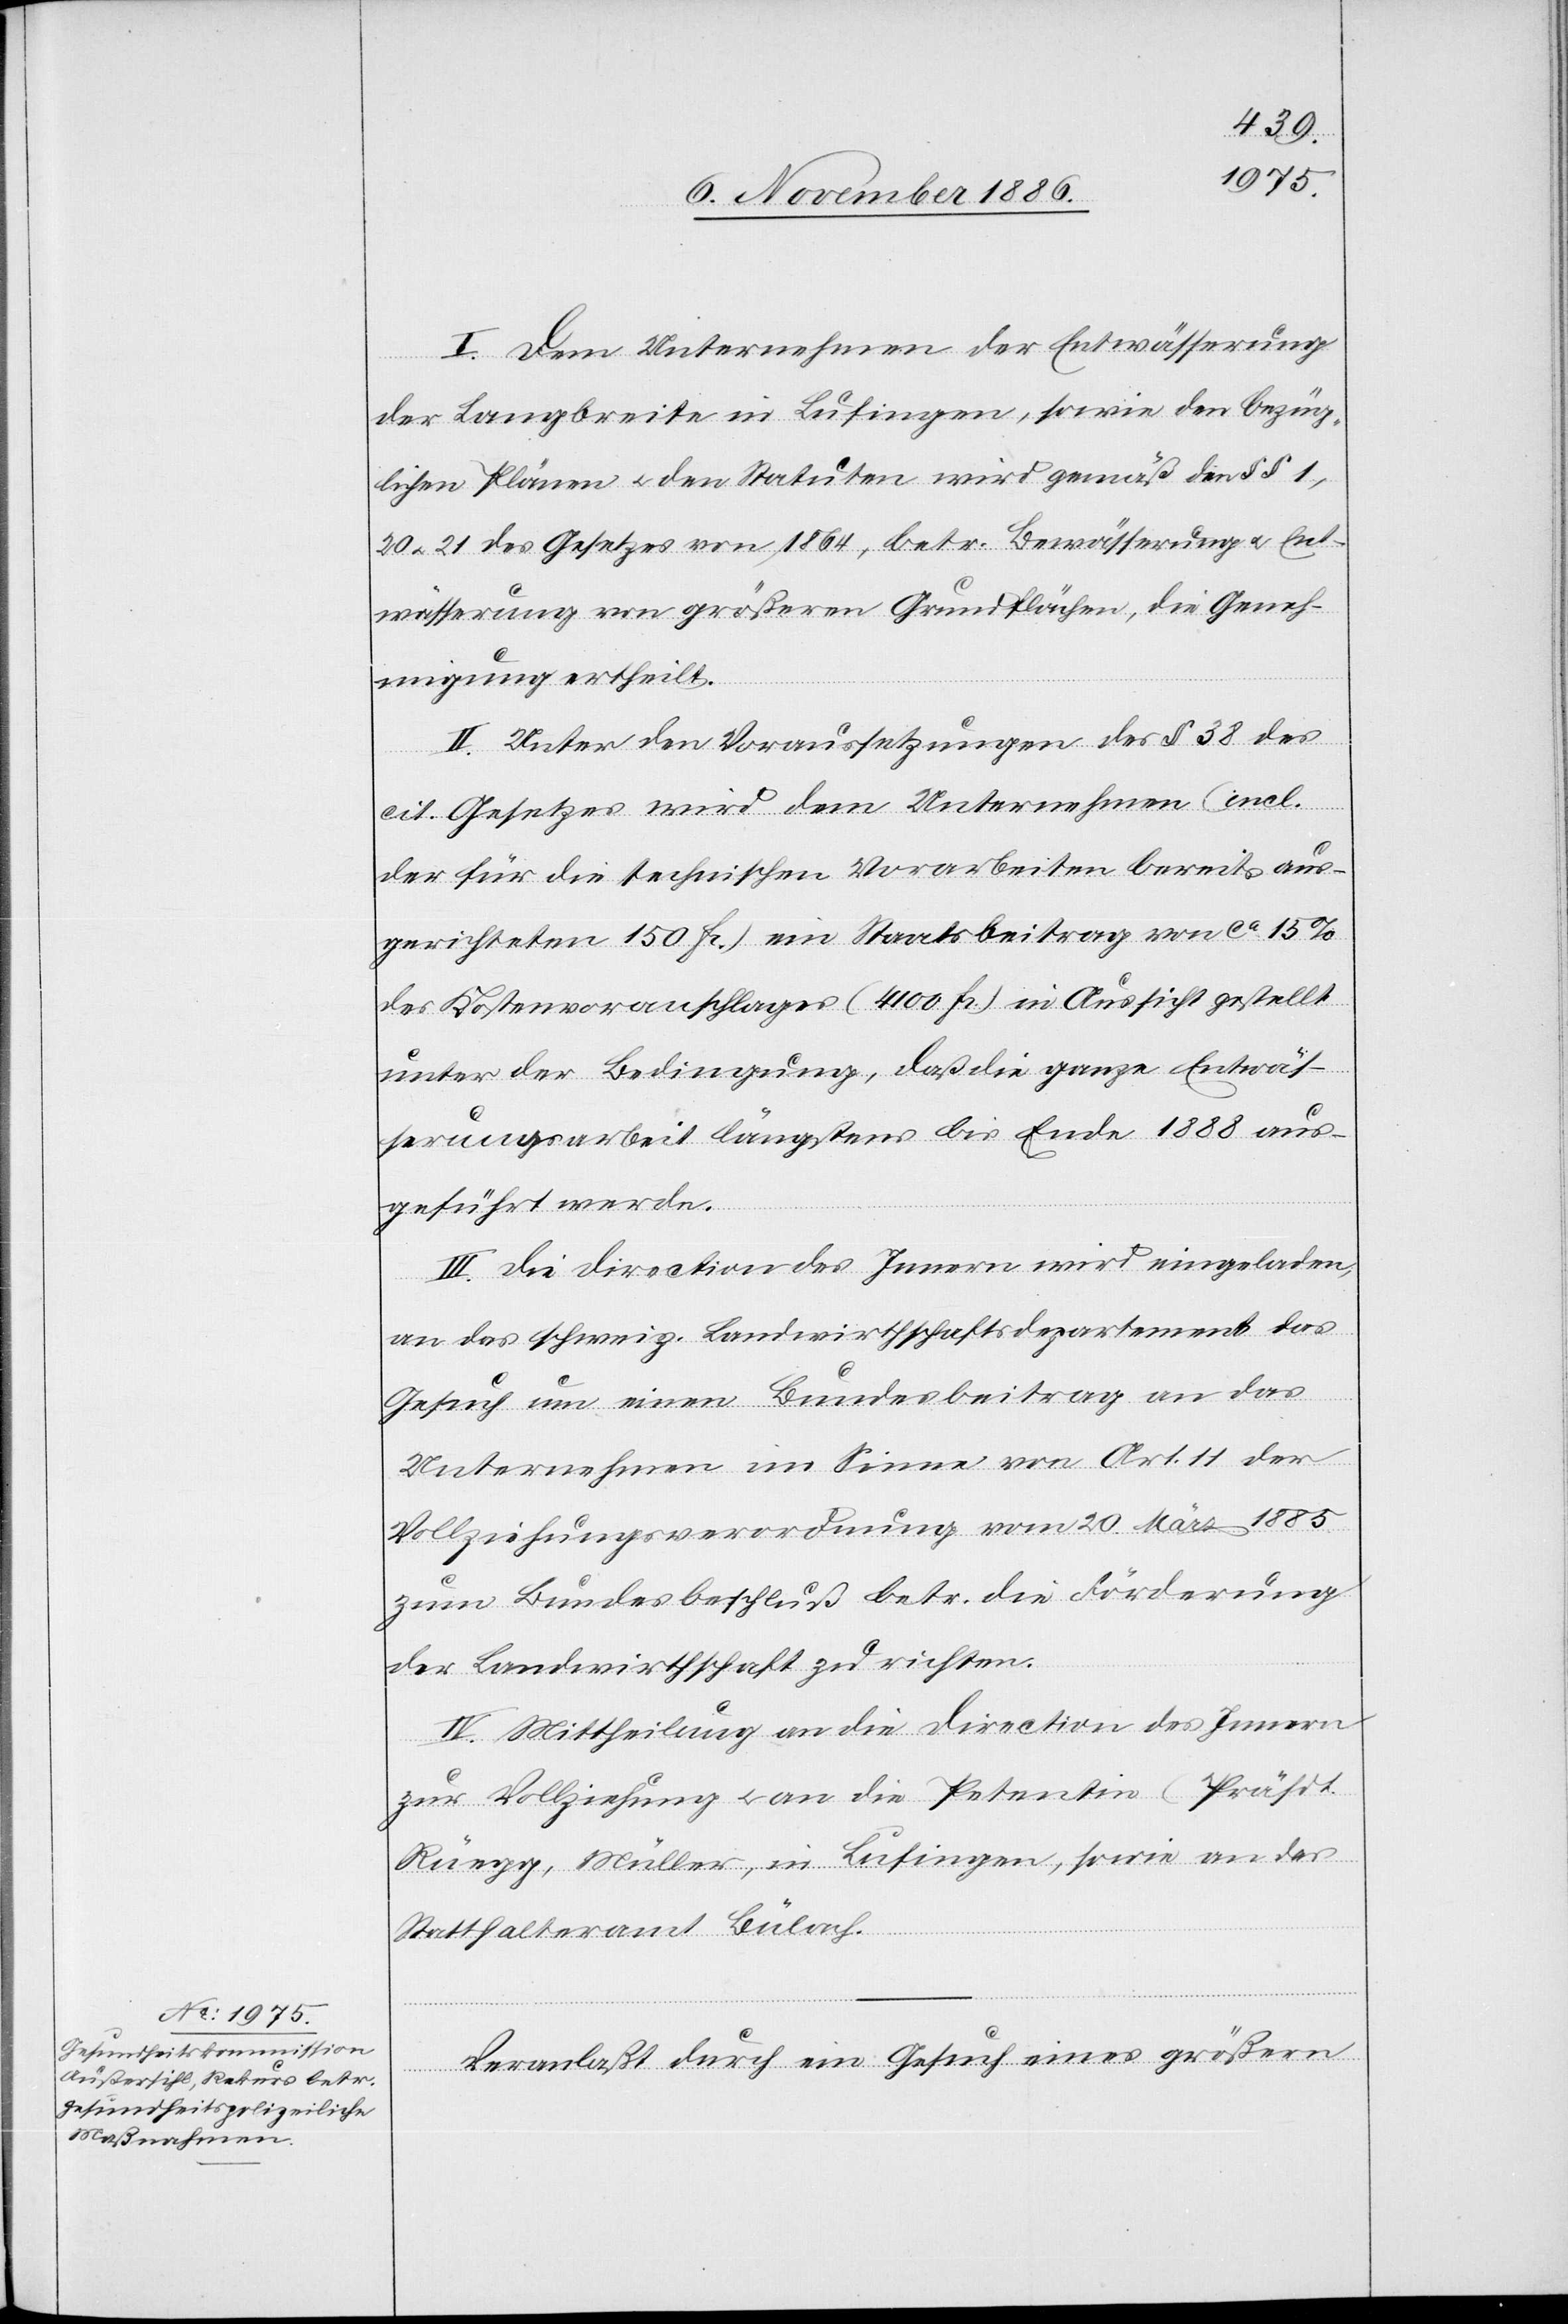
I. Dem Unternehmen der Entwässerung
der Langbreite in Lufingen, sowie den bezüg¬
lichen Plänen & den Statuten wird gemäß den §§ 1,
20 & 21 des Gesetzes von 1864, betr. Bewässerung & Ent¬
wässerung von größeren Grundflächen, die Geneh¬
migung ertheilt.
II. Unter den Voraussetzungen des § 38 des
cit. Gesetzes wird dem Unternehmen (incl.
der für die technischen Vorarbeiten bereits aus¬
gerichteten 150 Fr.) ein Staatsbeitrag von ca 15%
des Kostenvoranschlages (4100 Fr.) in Aussicht gestellt
unter der Bedingung, daß die ganze Entwäs¬
serungsarbeit längstens bis Ende 1888 aus¬
geführt werde.
III. Die Direction des Innern wird eingeladen,
an das schweiz. Landwirthschaftsdepartement das
Gesuch um einen Bundesbeitrag an das
Unternehmen im Sinne von Art. 11 der
Vollziehungsverordnung vom 20. März 1885
zum Bundesbeschluß betr. die Förderung
der Landwirthschaft zu richten.
IV. Mittheilung an die Direction des Innern
zur Vollziehung & an die Petentin (Präsdt.
Rüegg, Müller, in Lufingen), sowie an das
Statthalteramt Bülach.
Veranlaßt durch ein Gesuch eines [sic!] größern